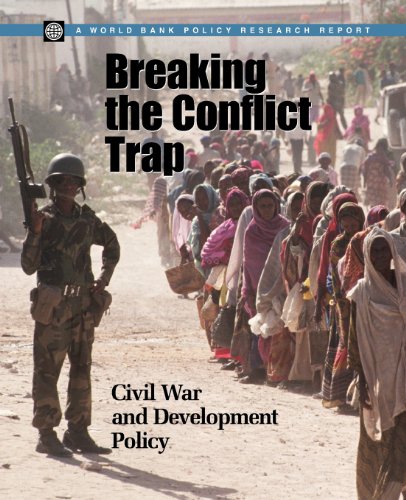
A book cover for Breaking the Conflict Trap: Civil War and Development Policy (Policy Research Reports); Paul Collier; Business & Money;